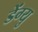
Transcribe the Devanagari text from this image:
डेंग्यु